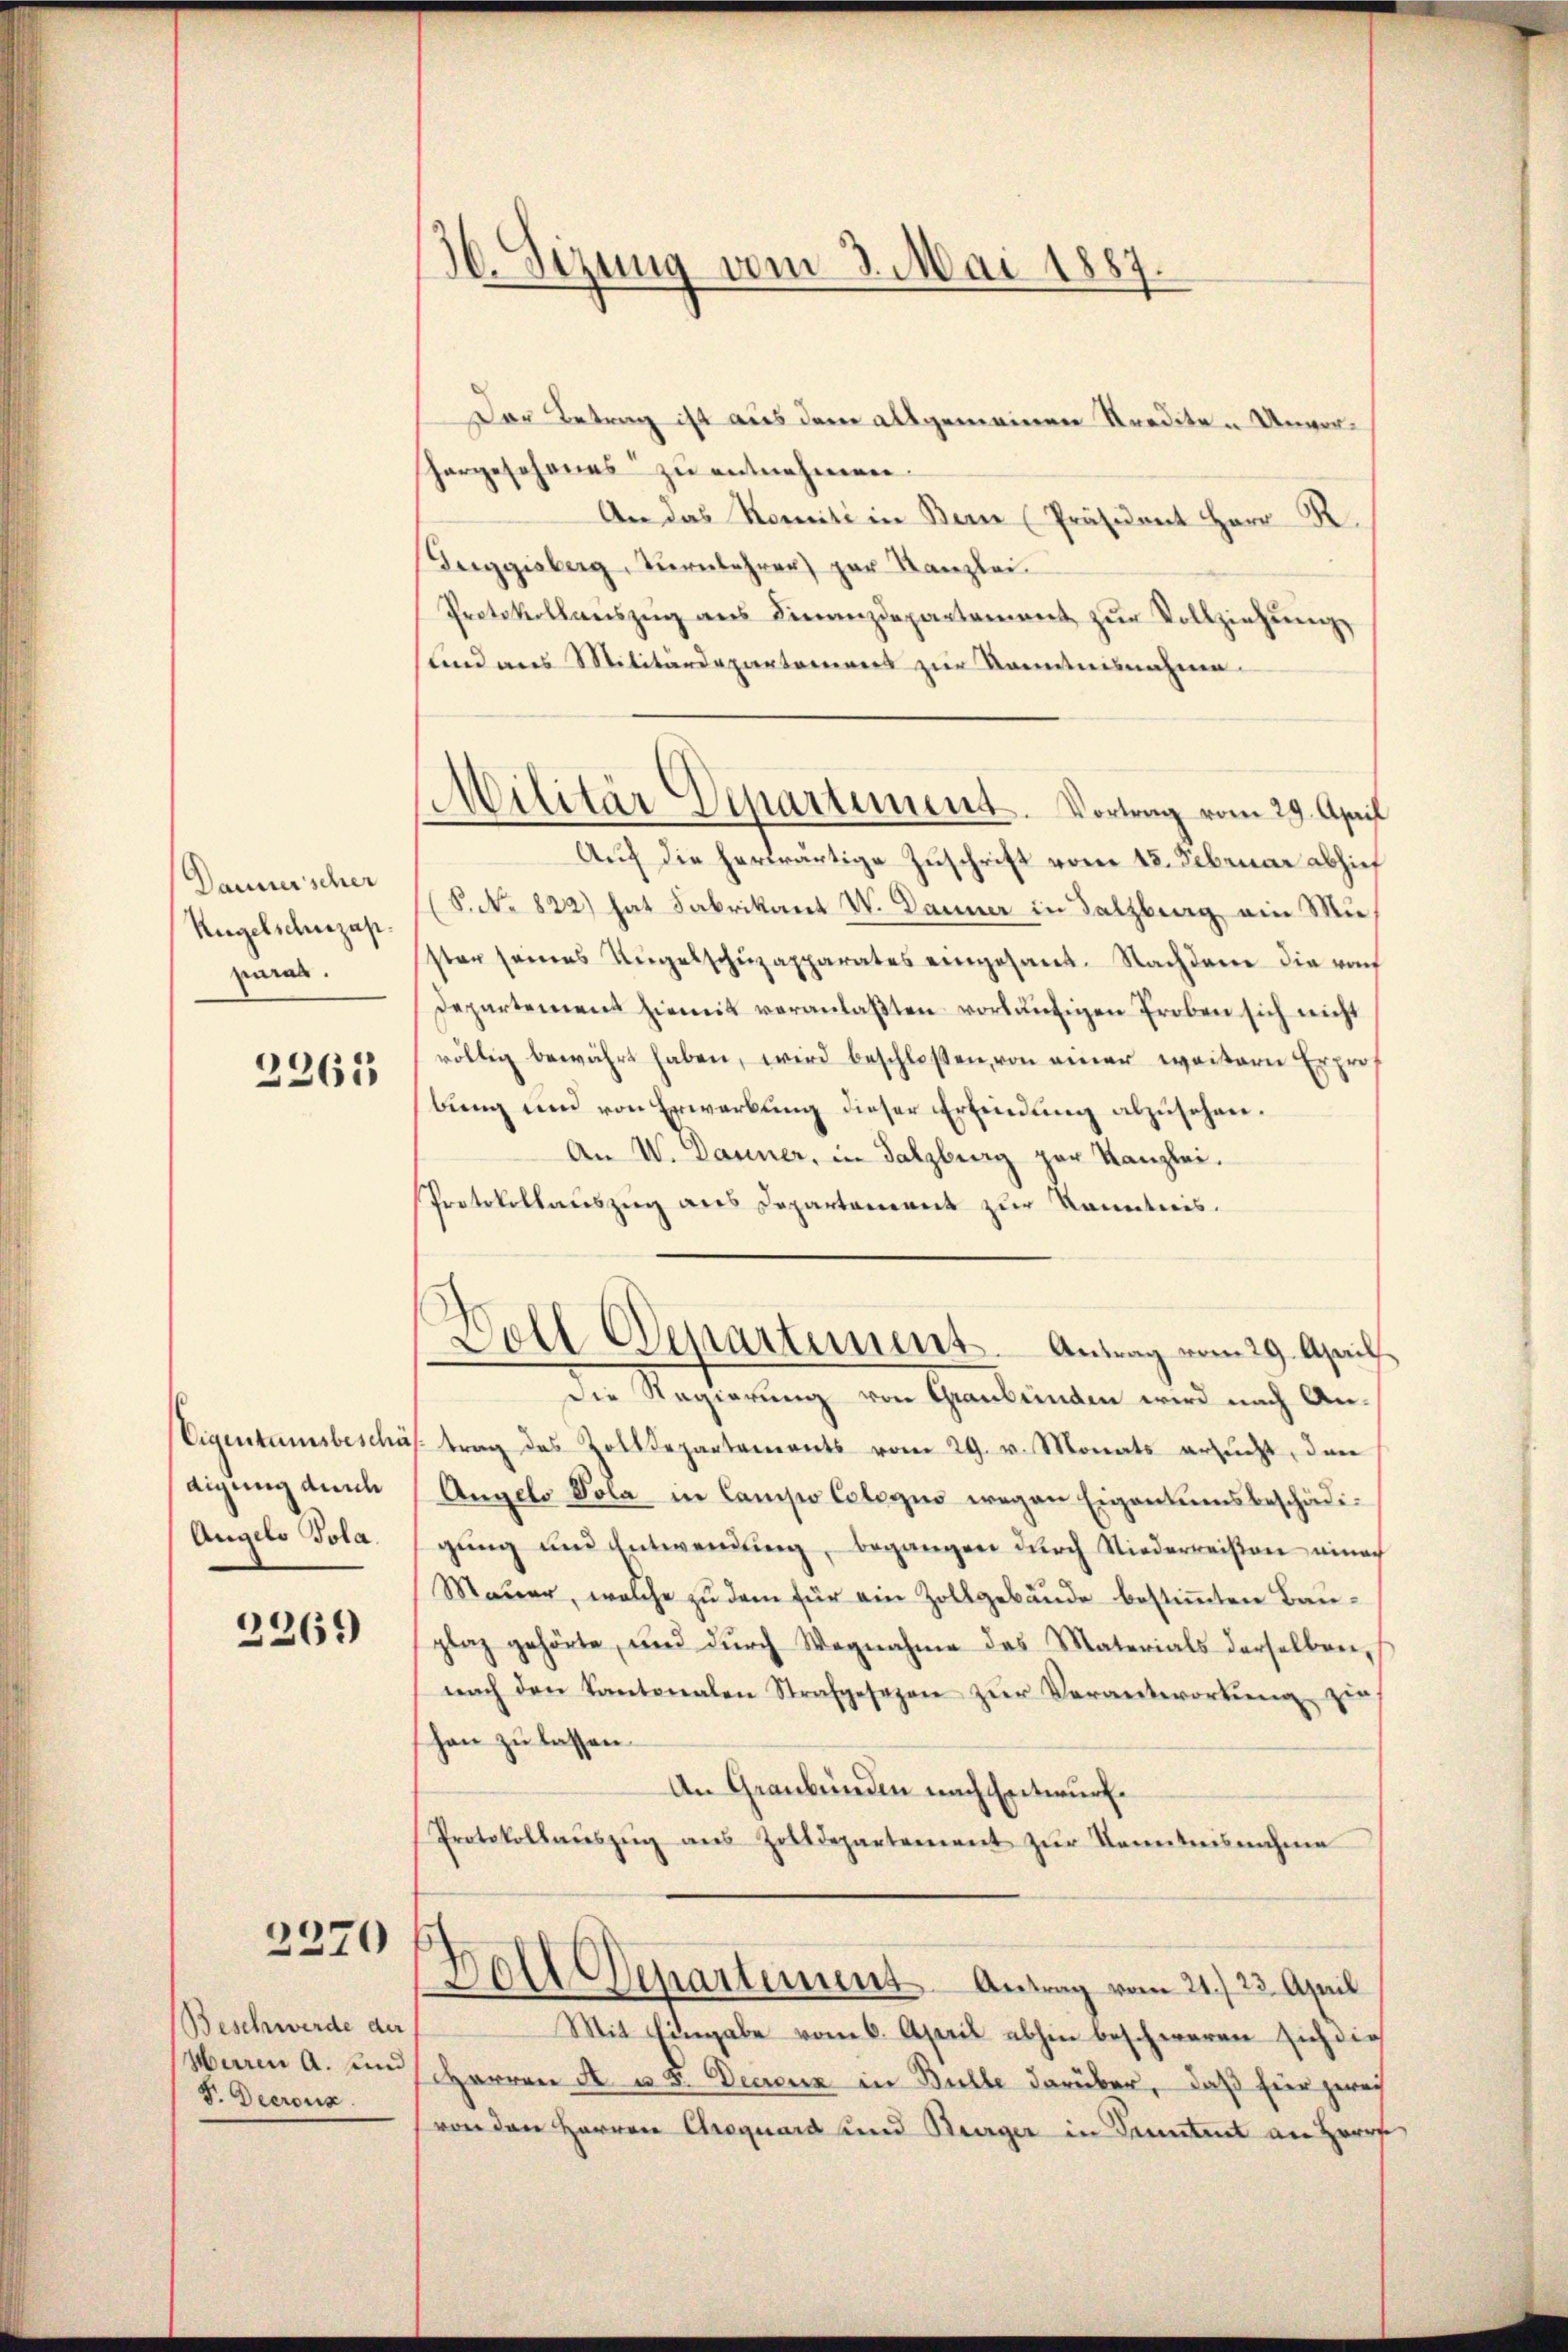
Daunerscher
Rugelschuzap.
paras.

2265

Eigentumsbeschä
digung durch
Angelo Tola.

2269

2270

Beschwerde der
Waren A. und
F. Decrons

16. Sizung vom 3. Mai 1887.
t

Militär Departement. Vortrag vom 29. April

Der Betrag ist aus dem allgemeinen Krediten Unvorhorgesehenes zu entnehmen.
An das Komiti in Bern (Präsident Herr R.
Berggisberg, Turnlehrer par Kanzlei.
Protokollaŭszŭg ans Finanzdepartement zŭr Vollziehung,
sund aus Militärdepartement zur Kenntnisnahme.
Auf die herwärtige Zuschrift vom 15. Februar abzieh
(S.No 822) hat Fabrikant W. Danner in Salzburg ein Miester seines Angelschŭzapparates eingesant. Nachdem die vo
departement hiemit veranlaβten vorläufigen Proben sich nicht
völlig bewährt haben, wird beschlossen, von einer weitern Erprof
bung und von Erwerbung dieser Erfindung abzusehen.
An V. Danner, in Salzburg zur Kanzlei.
Protokollauszug aus Departement zur Kenntnis.
Soll Departement. Antrag vom 29. April
Die Regierung von Graubünden wird nach An-
 trag des Zolldepartements vom 29. v. Monats ersucht, den
Angelo Pola in Camiso Cologus wegen Eigentumsbeschädigung und Entwendung, begangen durch Niederweisten einer
Mauer, welche zu dem für ein Zollgebäude bestimmten Bauplaz gehörte, und durch Wegnahme des Materials derselben,
nach den Kantonalen Strafgesezen zŭr Verantwortŭng zu
han zu lassen.
An Graubünden nach Entwurf.
Protokollaŭszŭg aŭs Zolldepartement zŭr Kenntnisnahme
Boll Departement Antrag vom 21./23. April
Mit Eingabe vom 6. April abhin beschweren sich dies
Herren A. u. 3. Decreuz in Bulle darüber, daß hier zwei
von den Herren Croguard und Bruger in Sonntent an Herrs